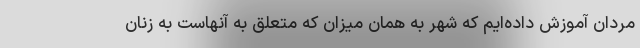
مردان آموزش داده‌ایم که شهر به همان میزان که متعلق به آنهاست به زنان